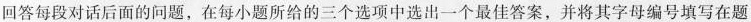
回答每段对话后面的问题，在每小题所给的三个选项中选出一个最佳答案，并将其字母编号填写在题